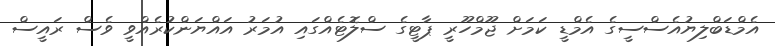
އެމްޑަބްލިޔުއެސްސީގެ އެމްޑީ ކަމަށް ޖޫމްހޫރީ ޕާޓީގެ ސްލޮޓެއްގައި އުމަރު އައްޔަންކުރެއްވީ ވެސް ރައީސް